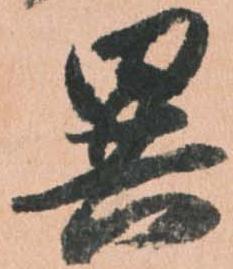
異